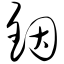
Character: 铟